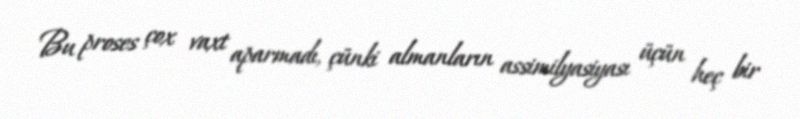
Bu proses çox vaxt aparmadı, çünki almanların assimilyasiyası üçün heç bir